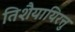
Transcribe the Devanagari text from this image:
तिशैयायिरत्तु